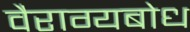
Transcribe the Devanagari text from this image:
वैराग्यबोध